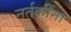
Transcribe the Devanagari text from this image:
नर्तकींना